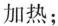
加热；